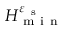
H _ { \mathrm { ~ m ~ i ~ n ~ } } ^ { \varepsilon _ { \mathrm { ~ s ~ } } }